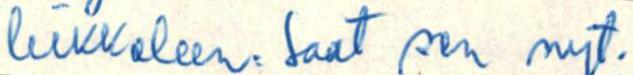
leikkeleen. Saat sen nyt.